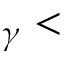
_ \gamma <